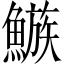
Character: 𩻀